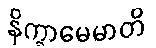
နိက္ခာမေမာတိ